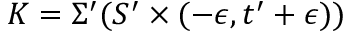
K = \Sigma ^ { \prime } ( S ^ { \prime } \times ( - \epsilon , t ^ { \prime } + \epsilon ) )